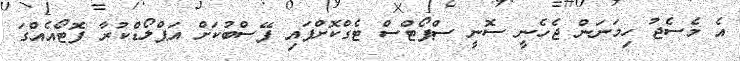
އެ މެސެޖު ހިމަނަން ޖެހެނީ ސޮނީ ސްޕޯޓްސް ޓެގްކޮށްފައި ފޭސްބުކަށް އަޕްލޯޑްކުރާ ފޮޓޯއެެއްގަ